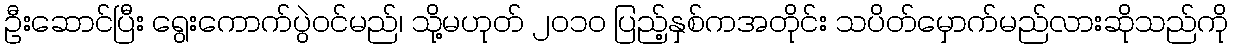
ဦးဆောင်ပြီး ရွေးကောက်ပွဲဝင်မည်၊ သို့မဟုတ် ၂၀၁၀ ပြည့်နှစ်ကအတိုင်း သပိတ်မှောက်မည်လားဆိုသည်ကို